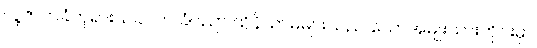
လူ့ဇာတိခံဘုရားသခင်က ခံပညာ ထိုနိယာမများသည် သောအမျိုးသားတိုင်းမှာ